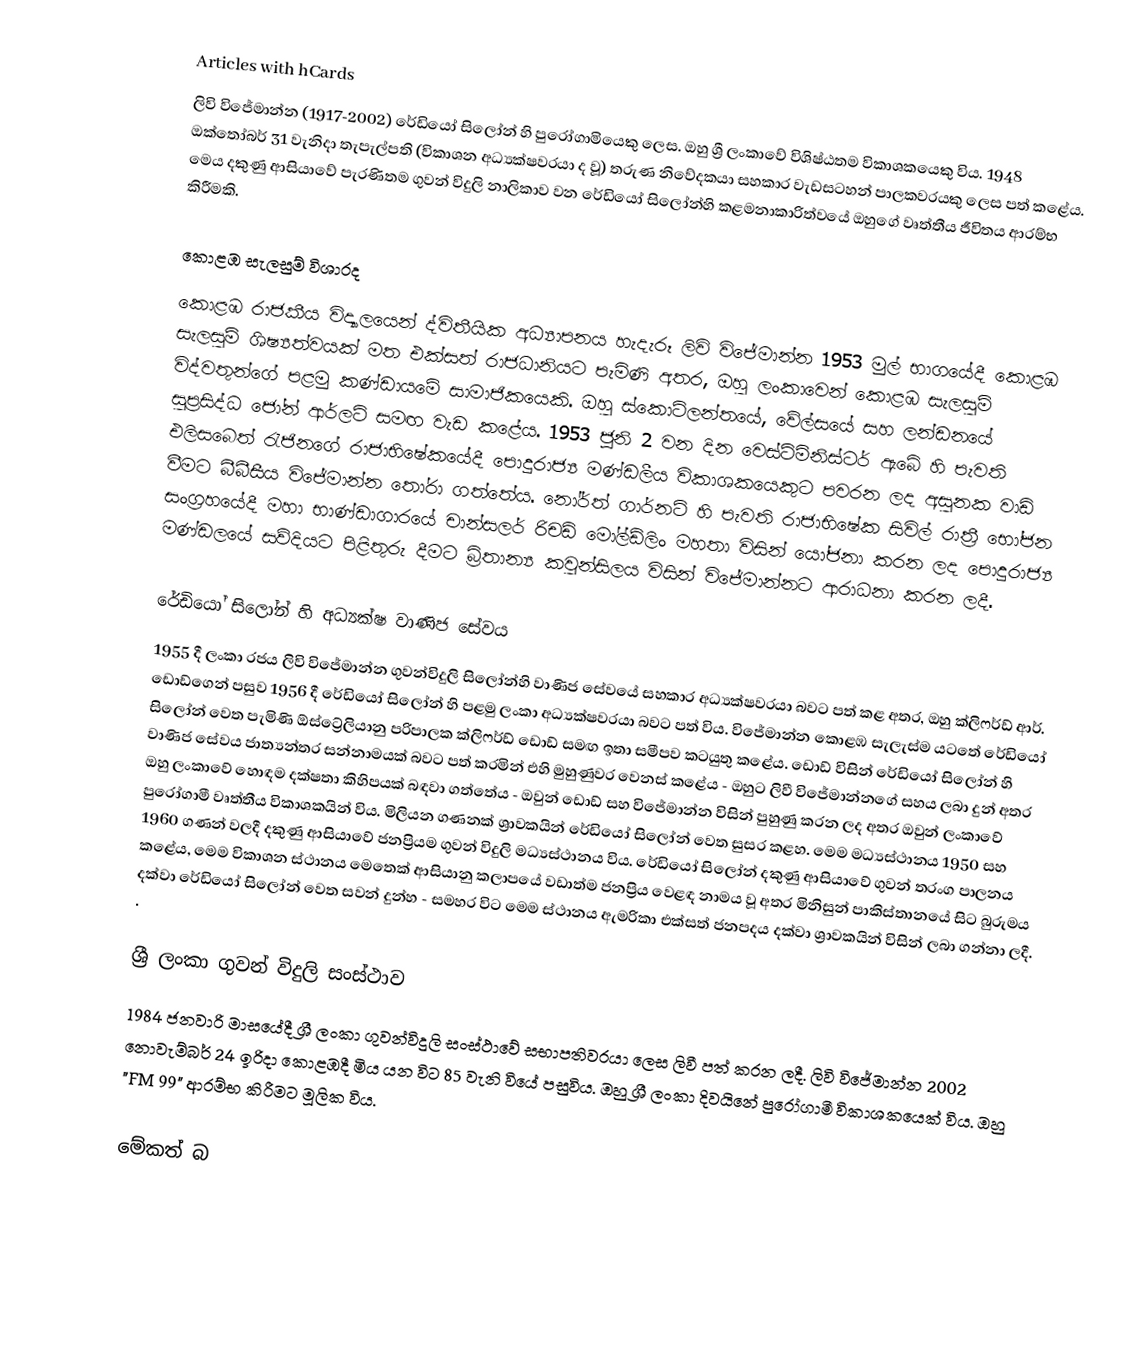
Articles with hCards
ලිවි විජේමාන්න (1917-2002) රේඩියෝ සිලෝන් හි පුරෝගාමියෙකු ලෙස. ඔහු ශ්‍රී ලංකාවේ විශිෂ්ඨතම විකාශකයෙකු විය. 1948 ඔක්‌තෝබර් 31 වැනිදා තැපැල්පති (විකාශන අධ්‍යක්ෂවරයා ද වූ) තරුණ නිවේදකයා සහකාර වැඩසටහන් පාලකවරයකු ලෙස පත් කළේය. මෙය දකුණු ආසියාවේ පැරණිතම ගුවන් විදුලි නාලිකාව වන රේඩියෝ සිලෝන්හි කළමනාකාරිත්වයේ ඔහුගේ වෘත්තීය ජීවිතය ආරම්භ කිරීමකි.

කොළඹ සැලසුම් විශාරද
කොළඹ රාජකීය විද්‍යාලයෙන් ද්විතීයික අධ්‍යාපනය හැදැරූ ලිවි විජේමාන්න 1953 මුල් භාගයේදී කොළඹ සැලසුම් ශිෂ්‍යත්වයක් මත එක්සත් රාජධානියට පැමිණි අතර, ඔහු ලංකාවෙන් කොළඹ සැලසුම් විද්වතුන්ගේ පළමු කණ්ඩායමේ සාමාජිකයෙකි. ඔහු ස්කොට්ලන්තයේ, වේල්සයේ සහ ලන්ඩනයේ සුප්‍රසිද්ධ ජෝන් ආර්ලට් සමඟ වැඩ කළේය. 1953 ජූනි 2 වන දින වෙස්ට්මිනිස්ටර් ඇබේ හි පැවති එලිසබෙත් රැජිනගේ රාජාභිෂේකයේදී පොදුරාජ්‍ය මණ්ඩලීය විකාශකයෙකුට පවරන ලද අසුනක වාඩි වීමට බීබීසීය විජේමාන්න තෝරා ගත්තේය. නෝර්ත් ගාර්නට් හි පැවති රාජාභිෂේක සිවිල් රාත්‍රී භෝජන සංග්‍රහයේදී මහා භාණ්ඩාගාරයේ චාන්සලර් රිචඩ් මෝල්ඩ්ලිං මහතා විසින් යෝජනා කරන ලද පොදුරාජ්‍ය මණ්ඩලයේ සව්දියට පිළිතුරු දීමට බ්‍රිතාන්‍ය කවුන්සිලය විසින් විජේමාන්නට ආරාධනා කරන ලදී.

රේඩියෝ සිලෝන් හි අධ්‍යක්ෂ වාණිජ සේවය
1955 දී ලංකා රජය ලිවි විජේමාන්න ගුවන්විදුලි සිලෝන්හි වාණිජ සේවයේ සහකාර අධ්‍යක්ෂවරයා බවට පත් කළ අතර, ඔහු ක්ලිෆර්ඩ් ආර්. ඩොඩ්ගෙන් පසුව 1956 දී රේඩියෝ සිලෝන් හි පළමු ලංකා අධ්‍යක්ෂවරයා බවට පත් විය. විජේමාන්න කොළඹ සැලැස්ම යටතේ රේඩියෝ සිලෝන් වෙත පැමිණි ඕස්ට්‍රේලියානු පරිපාලක ක්ලිෆර්ඩ් ඩොඩ් සමඟ ඉතා සමීපව කටයුතු කළේය. ඩොඩ් විසින් රේඩියෝ සිලෝන් හි වාණිජ සේවය ජාත්‍යන්තර සන්නාමයක් බවට පත් කරමින් එහි මුහුණුවර වෙනස් කළේය - ඔහුට ලිවී විජේමාන්නගේ සහය ලබා දුන් අතර ඔහු ලංකාවේ හොඳම දක්ෂතා කිහිපයක් බඳවා ගත්තේය - ඔවුන් ඩොඩ් සහ විජේමාන්න විසින් පුහුණු කරන ලද අතර ඔවුන් ලංකාවේ පුරෝගාමී වෘත්තීය විකාශකයින් විය. මිලියන ගණනක් ශ්‍රාවකයින් රේඩියෝ සිලෝන් වෙත සුසර කළහ. මෙම මධ්‍යස්ථානය 1950 සහ 1960 ගණන් වලදී දකුණු ආසියාවේ ජනප්‍රියම ගුවන් විදුලි මධ්‍යස්ථානය විය. රේඩියෝ සිලෝන් දකුණු ආසියාවේ ගුවන් තරංග පාලනය කළේය, මෙම විකාශන ස්ථානය මෙතෙක් ආසියානු කලාපයේ වඩාත්ම ජනප්‍රිය වෙළඳ නාමය වූ අතර මිනිසුන් පාකිස්තානයේ සිට බුරුමය දක්වා රේඩියෝ සිලෝන් වෙත සවන් දුන්හ - සමහර විට මෙම ස්ථානය ඇමරිකා එක්සත් ජනපදය දක්වා ශ්‍රාවකයින් විසින් ලබා ගන්නා ලදී. .

ශ්‍රී ලංකා ගුවන් විදුලි සංස්ථාව
1984 ජනවාරි මාසයේදී ශ්‍රී ලංකා ගුවන්විදුලි සංස්ථාවේ සභාපතිවරයා ලෙස ලිවී පත් කරන ලදී. ලිවි විජේමාන්න 2002 නොවැම්බර් 24 ඉරිදා කොළඹදී මිය යන විට 85 වැනි වියේ පසුවිය. ඔහු ශ්‍රී ලංකා දිවයිනේ පුරෝගාමී විකාශකයෙක් විය. ඔහු "FM 99" ආරම්භ කිරීමට මූලික විය.

මේකත් බ